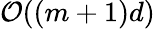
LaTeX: \mathcal{O}((m+1)d)